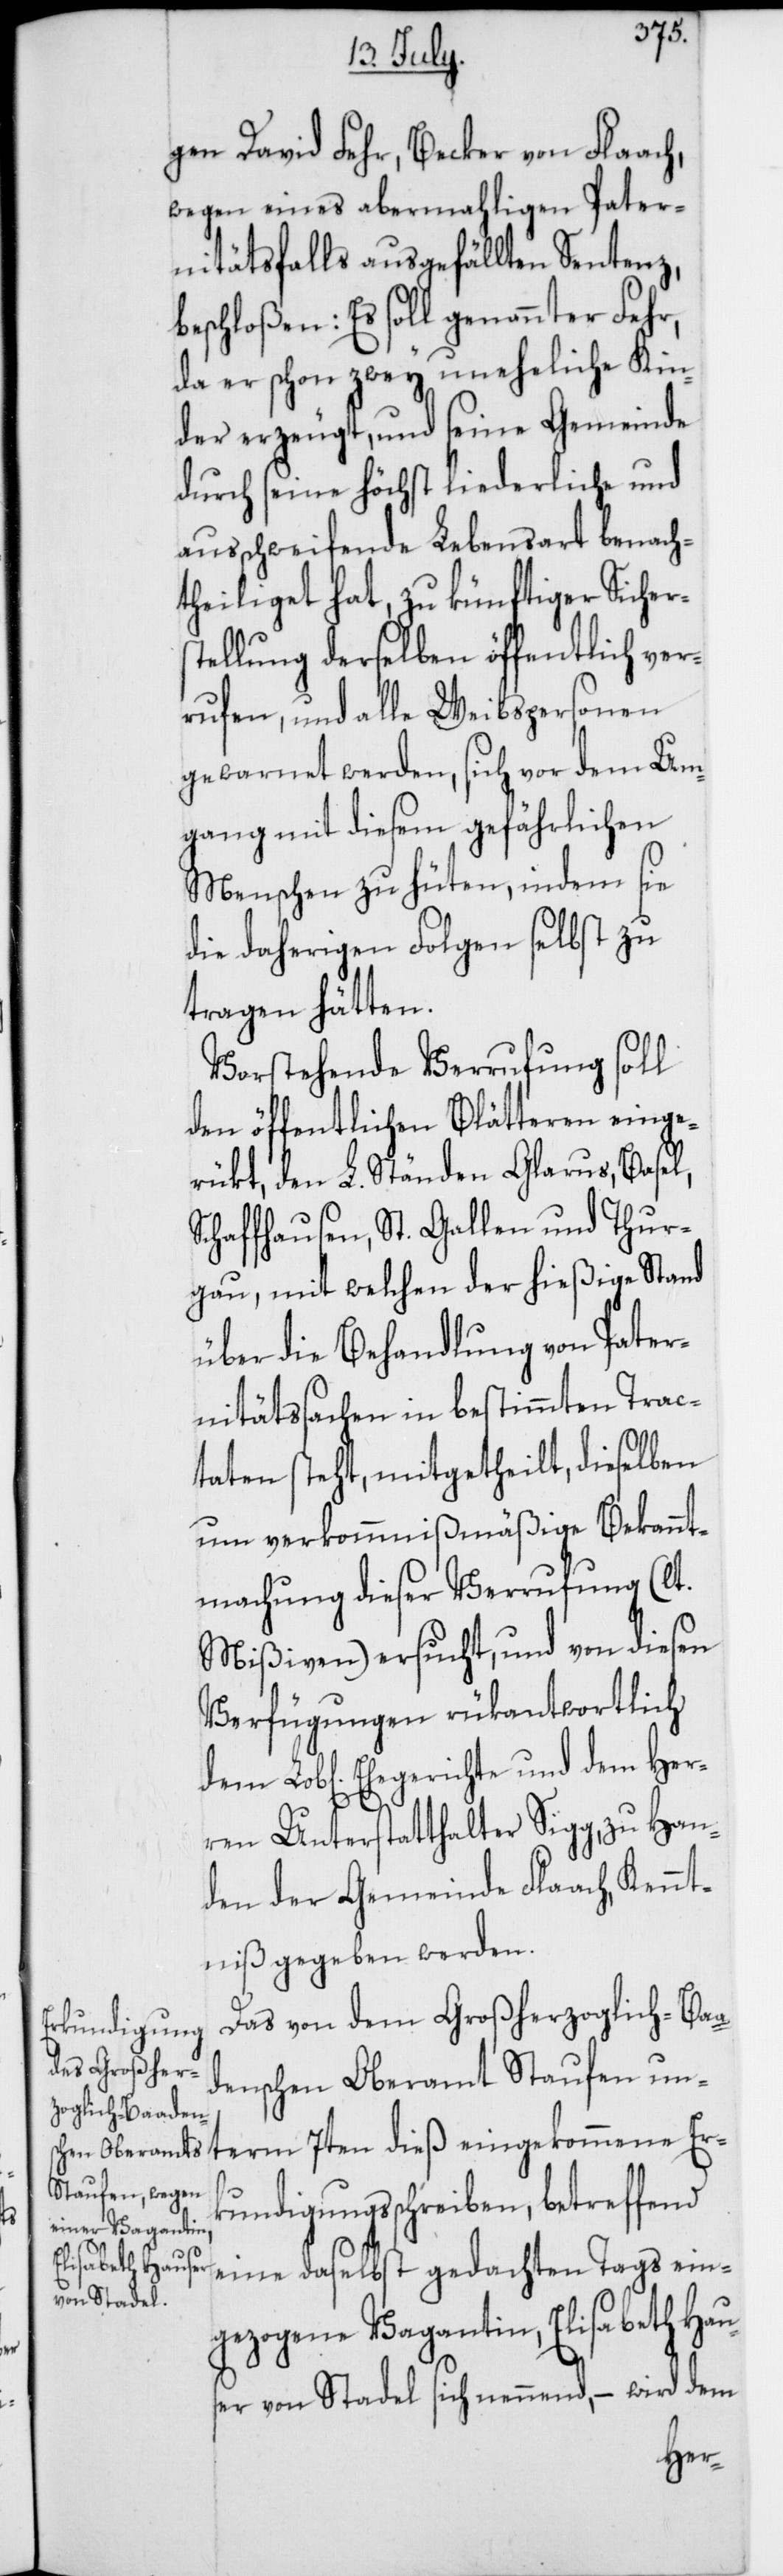
Er¬
dem Her¬
gen David Fehr, Becker von Flaach,
wegen eines abermahligen Pater¬
nitätsfalls ausgefällten Sentenz,
beschloßen: Es soll genannter Fehr,
da er schon zwey uneheliche Kin¬
der erzeugt und seine Gemeinde
durch seine höchst liederliche und
ausschweifende Lebensart benach¬
theiliget hat, zu künftiger Sicher¬
stellung derselben öffentlich ver¬
rufen, und alle Weibspersonen
gewarnet werden, sich vor dem Um¬
gang mit diesem gefährlichen
Menschen zu hüten, indem sie
die daherigen Folgen selbst zu
tragen hätten.
Vorstehende Verrufung soll
den öffentlichen Blätteren einge¬
rükt, den L. Ständen Glarus, Basel,
Schaffhausen, St. Gallen und Thur¬
gau, mit welchen der hießige Stand
über die Behandlung von Pater¬
nitätssachen in bestimmten Trac¬
taten steht, mitgetheilt, dieselben
um vercomminißmäßige Bekannt¬
machung dieser Verrufung (lt.
Mißiven) ersucht, und von diesen
Verfügungen rükantwortlich
ren Unterstatthalter Sigg, zu Han¬
den der Gemeinde Flaach, Kennt¬
niß gegeben werden.
Das von dem Großherzoglich-Baa¬
denschen Oberamt Staufen unterm
kundigungsschreiben, betreffend
eine daselbst gedachten Tags ein¬
gezogene Vagantin Elisabeth Hau¬
ser von Stadel, sich nennend, – wird dem